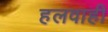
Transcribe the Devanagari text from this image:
हलवाही